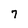
Character: 7